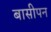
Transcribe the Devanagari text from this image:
बासीपन